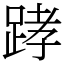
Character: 踍